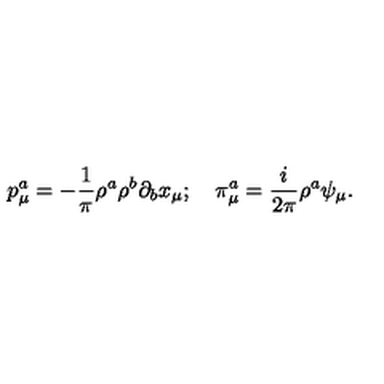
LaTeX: p _ { \mu } ^ { a } = - \frac { 1 } { \pi } \rho ^ { a } \rho ^ { b } \partial _ { b } x _ { \mu } ; \quad \pi _ { \mu } ^ { a } = \frac { i } { 2 \pi } \rho ^ { a } \psi _ { \mu } .